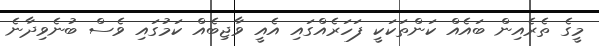
މީގެ ތެރެއިން ބައެއް ކަންތަކަކީ ފަހަރެއްގައި އެއީ ވާޖިބެއް ކަމުގައި ވެސް ބުނެވިދާނެ